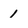
Character: 1